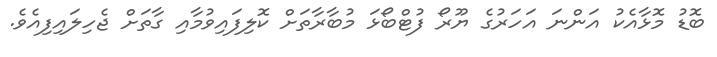
ބޮޑު މޮޅާއެކު އަންނަ އަހަރުގެ ޔޫރޯ ފުޓްބޯޅަ މުބާރާތަށް ކޮލިފައިވުމާއި ގާތަަށް ޖެހިލައިފިއެވެ.